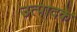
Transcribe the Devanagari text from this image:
उत्पादके